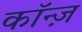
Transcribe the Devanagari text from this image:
कॉन्ज़